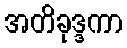
အတိခုဒ္ဒကာ